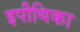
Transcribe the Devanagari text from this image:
इपीथिका